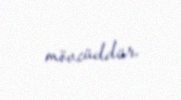
mövcüddür.